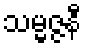
သမ္မဇ္ဇနီ